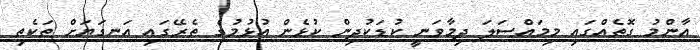
އާންމު ގޮތެއްގައި މިމައްސަލަ ދިމާވަނީ ކުޑަކުދިން ކުޅެން އުޅުމުގެ ތެރޭގައި އަނގަޔަށް ތަކެތި